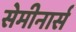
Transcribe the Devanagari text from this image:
सेमीनार्स